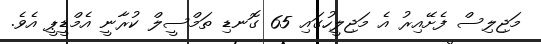
މަޖިލިސް ފެށޭއިރު އެ މަޖިލީހުގައި 65 ގޮނޑި ތަމްސީލް ކުރާނީ އެމްޑީޕީ އެވެ.